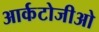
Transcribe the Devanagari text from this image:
आर्कटोजीओ